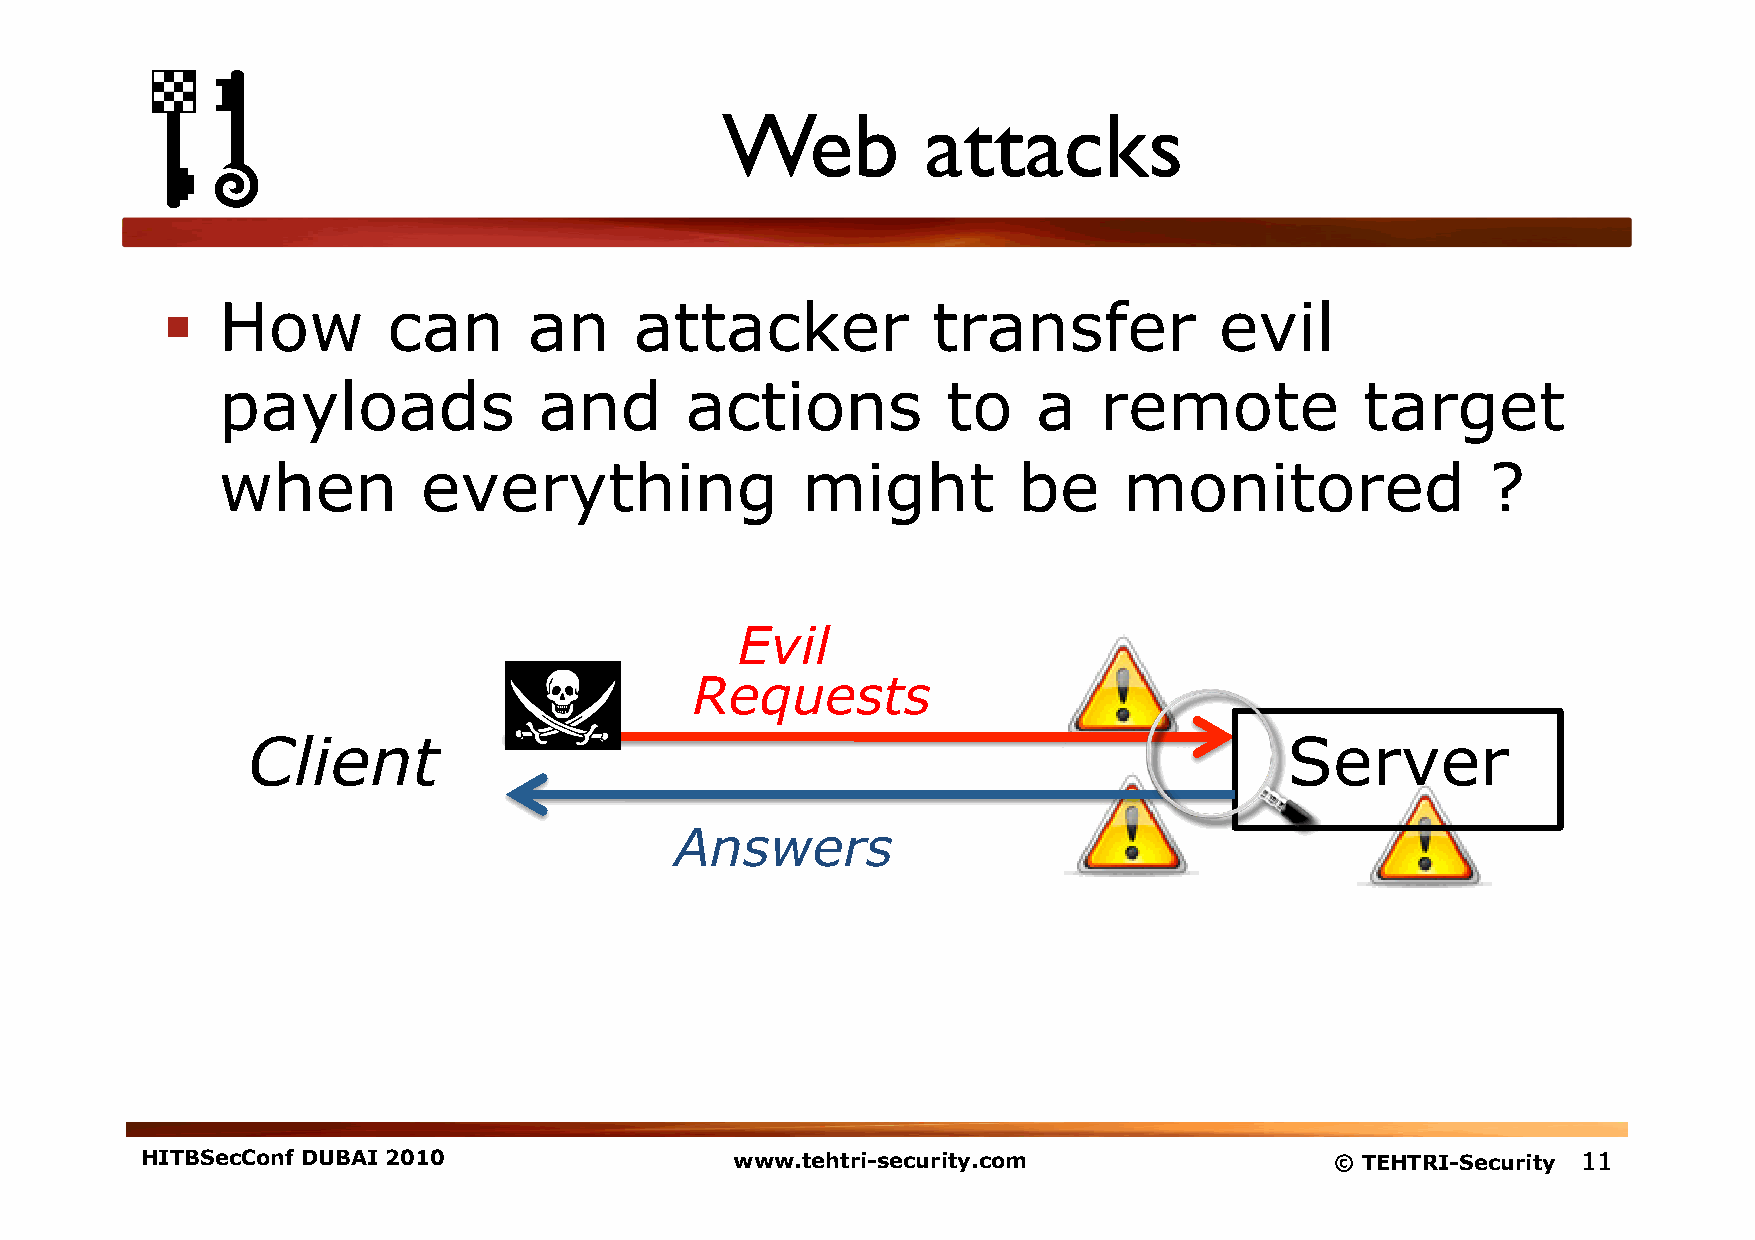
Web          attacks
   How         can      an     attacker            transfer           evil
 payloads              and      actions           to    a   remote           target
 when          everything               might         be     monitored                ?
 Evil
 Requests
 Client                                                               Server
 Answers
 HITBSecConf DUBAI 2010                  www.tehtri-security.com                © TEHTRI-Security 11